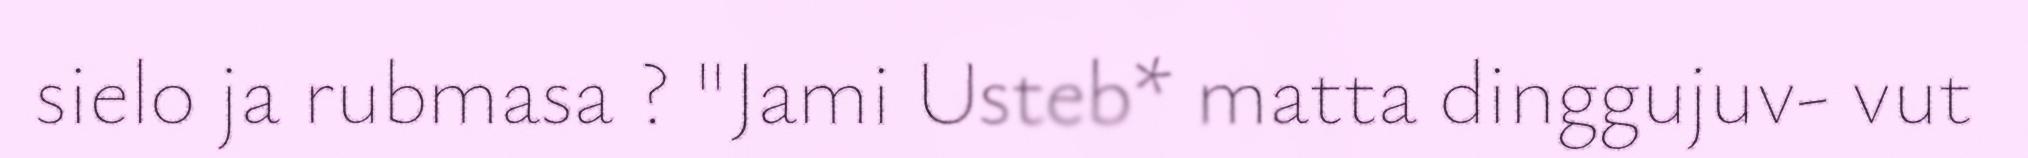
sielo ja rubmasa ? "Jami Usteb* matta dinggujuv- vut